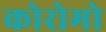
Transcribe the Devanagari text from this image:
कोरोमो